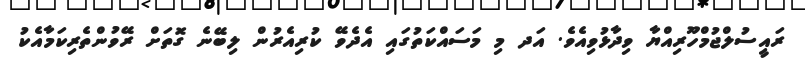
ރައީސުލްޖުމްހޫރިއްޔާ ވިދާޅުވިއެވެ. އަދ މި މަސައްކަތުގައި އެދެވޭ ކުރިއެރުން ލިބޭނެ ގޮތަށް ރޭވުންތެރިކަމާއެކު